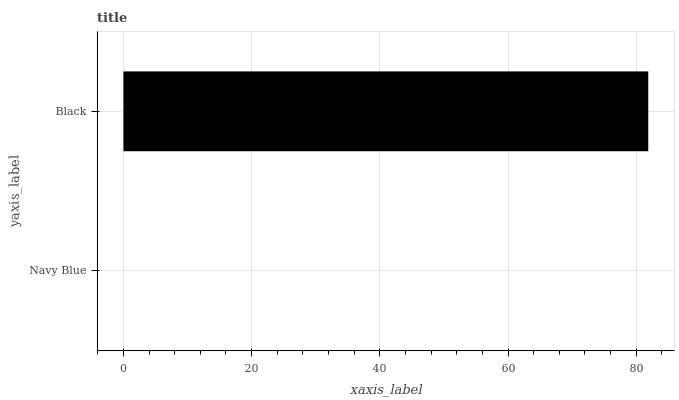
| yaxis_label | bars |
 | --- | --- |
 | Navy Blue | 0 |
 | Black | 81.9 |